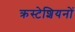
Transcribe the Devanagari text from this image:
क्रस्टेशियनों